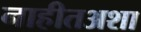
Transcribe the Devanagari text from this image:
नाहीतअशा